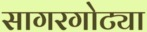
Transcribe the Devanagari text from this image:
सागरगोट्या